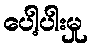
ပေါ့ပါးမှု